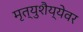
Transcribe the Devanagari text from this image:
मृत्युशैय्येवर